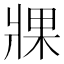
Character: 𤖇